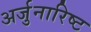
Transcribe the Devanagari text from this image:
अर्जुनारिष्ट